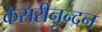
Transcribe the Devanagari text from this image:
केसरीनन्दन